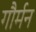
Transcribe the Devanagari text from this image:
गौर्मन